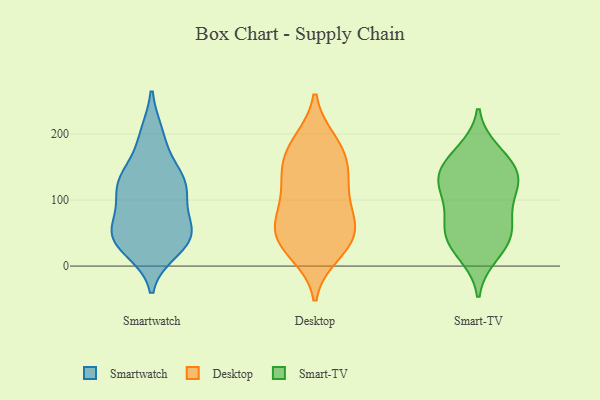
{"axis": {"x": "Active Users", "y": "Value"}, "legend": ["Desktop", "Smart-TV", "Smartwatch"], "data": [{"x": "", "y": 36, "type": "Smartwatch"}, {"x": "", "y": 199, "type": "Smartwatch"}, {"x": "", "y": 110, "type": "Smartwatch"}, {"x": "", "y": 122, "type": "Smartwatch"}, {"x": "", "y": 131, "type": "Smartwatch"}, {"x": "", "y": 56, "type": "Smartwatch"}, {"x": "", "y": 47, "type": "Smartwatch"}, {"x": "", "y": 25, "type": "Smartwatch"}, {"x": "", "y": 74, "type": "Smartwatch"}, {"x": "", "y": 124, "type": "Smartwatch"}, {"x": "", "y": 59, "type": "Smartwatch"}, {"x": "", "y": 197, "type": "Smartwatch"}, {"x": "", "y": 151, "type": "Smartwatch"}, {"x": "", "y": 33, "type": "Smartwatch"}, {"x": "", "y": 123, "type": "Smartwatch"}, {"x": "", "y": 41, "type": "Smartwatch"}, {"x": "", "y": 117, "type": "Smartwatch"}, {"x": "", "y": 51, "type": "Smartwatch"}, {"x": "", "y": 83, "type": "Desktop"}, {"x": "", "y": 19, "type": "Desktop"}, {"x": "", "y": 35, "type": "Desktop"}, {"x": "", "y": 182, "type": "Desktop"}, {"x": "", "y": 27, "type": "Desktop"}, {"x": "", "y": 141, "type": "Desktop"}, {"x": "", "y": 70, "type": "Desktop"}, {"x": "", "y": 137, "type": "Desktop"}, {"x": "", "y": 189, "type": "Desktop"}, {"x": "", "y": 59, "type": "Desktop"}, {"x": "", "y": 179, "type": "Desktop"}, {"x": "", "y": 151, "type": "Desktop"}, {"x": "", "y": 122, "type": "Desktop"}, {"x": "", "y": 49, "type": "Desktop"}, {"x": "", "y": 50, "type": "Desktop"}, {"x": "", "y": 98, "type": "Desktop"}, {"x": "", "y": 97, "type": "Smart-TV"}, {"x": "", "y": 138, "type": "Smart-TV"}, {"x": "", "y": 17, "type": "Smart-TV"}, {"x": "", "y": 59, "type": "Smart-TV"}, {"x": "", "y": 103, "type": "Smart-TV"}, {"x": "", "y": 132, "type": "Smart-TV"}, {"x": "", "y": 132, "type": "Smart-TV"}, {"x": "", "y": 43, "type": "Smart-TV"}, {"x": "", "y": 124, "type": "Smart-TV"}, {"x": "", "y": 149, "type": "Smart-TV"}, {"x": "", "y": 167, "type": "Smart-TV"}, {"x": "", "y": 54, "type": "Smart-TV"}, {"x": "", "y": 174, "type": "Smart-TV"}, {"x": "", "y": 27, "type": "Smart-TV"}, {"x": "", "y": 60, "type": "Smart-TV"}]}